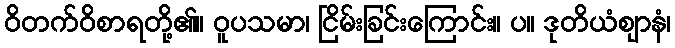
ဝိတက်ဝိစာရတို့၏။ ဝူပသမာ၊ ငြိမ်းခြင်းကြောင်း။ ပ။ ဒုတိယံဈာနံ၊